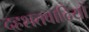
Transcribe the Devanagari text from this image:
दहशतवादियों